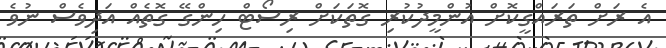
އެ ރަށް ތަރައްގީކޮށް އުންމީދުކުރި ގޮތަކަށް ރިސޯޓް ހިންގޭ ގޮތެއް އަދިވެސް ނުވެ